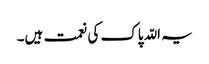
یہ اللّہ پاک کی نعمت ہیں۔